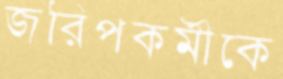
জরিপকর্মীকে